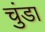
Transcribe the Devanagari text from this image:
चुंडा